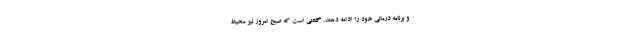
و برنامه درمانی خود را ادامه دهند. گفتنی است که صبح امروز نیز محیط